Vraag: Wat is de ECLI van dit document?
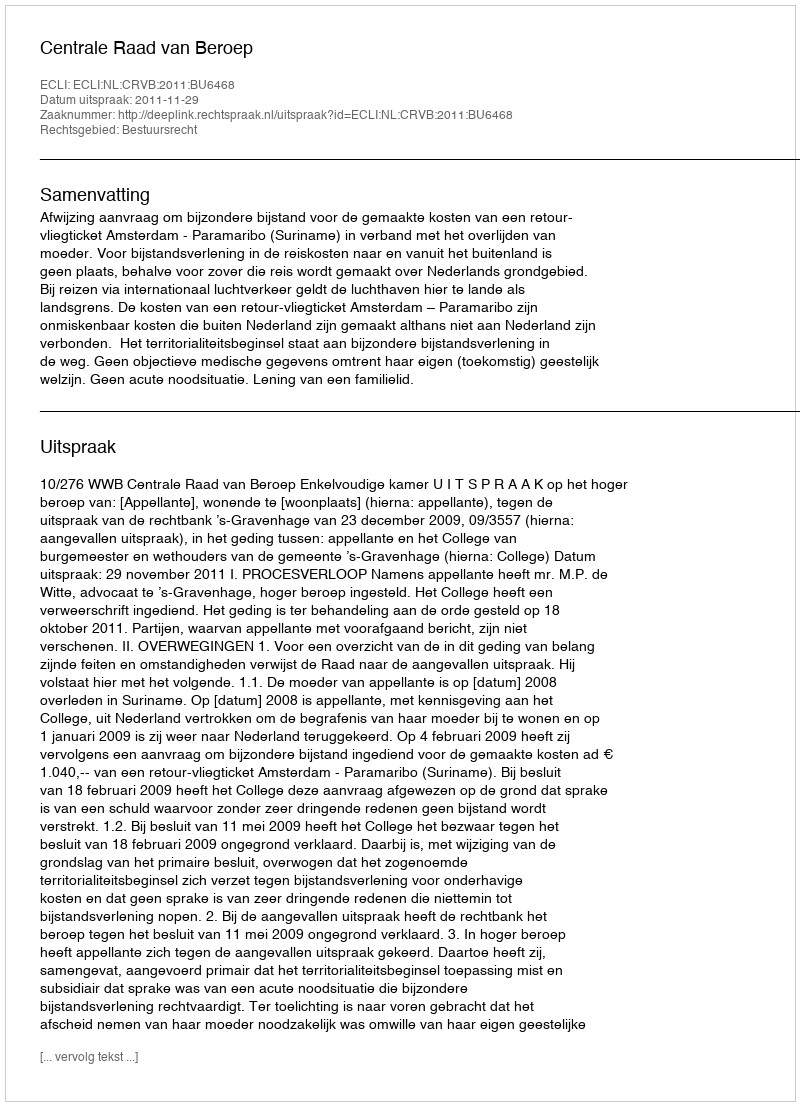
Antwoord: ECLI:NL:CRVB:2011:BU6468